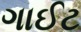
ગાઈટ